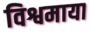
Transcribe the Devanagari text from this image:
विश्वमाया